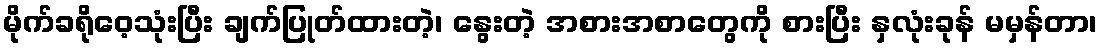
မိုက်ခရိုဝေ့သုံးပြီး ချက်ပြုတ်ထားတဲ့၊ နွေးတဲ့ အစားအစာတွေကို စားပြီး နှလုံးခုန် မမှန်တာ၊